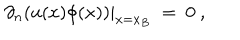
LaTeX: \partial _ { n } ( u ( x ) \phi ( x ) ) | _ { x = x _ { B } } \ = \ 0 \ ,